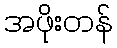
အဖိုးတန်